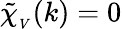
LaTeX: \mathinner{\tilde{\chi}_{_V}\mathopen{\left(k\right)}}=0